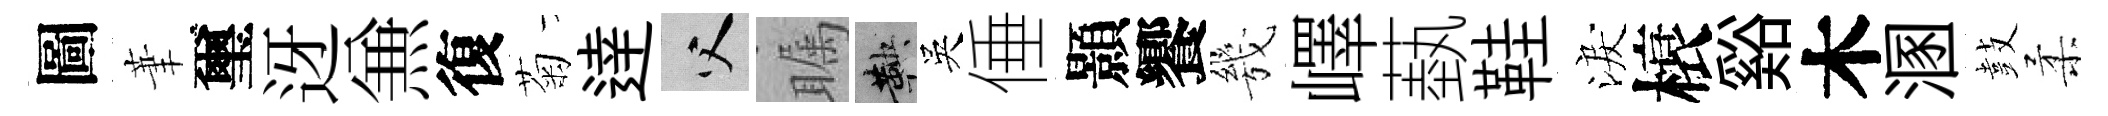
圖茟璽迓𠔥復菊逹父瞩鞅吳倕顥饗㡬嶧蓺鞋淚榱谿木溷鼓柔